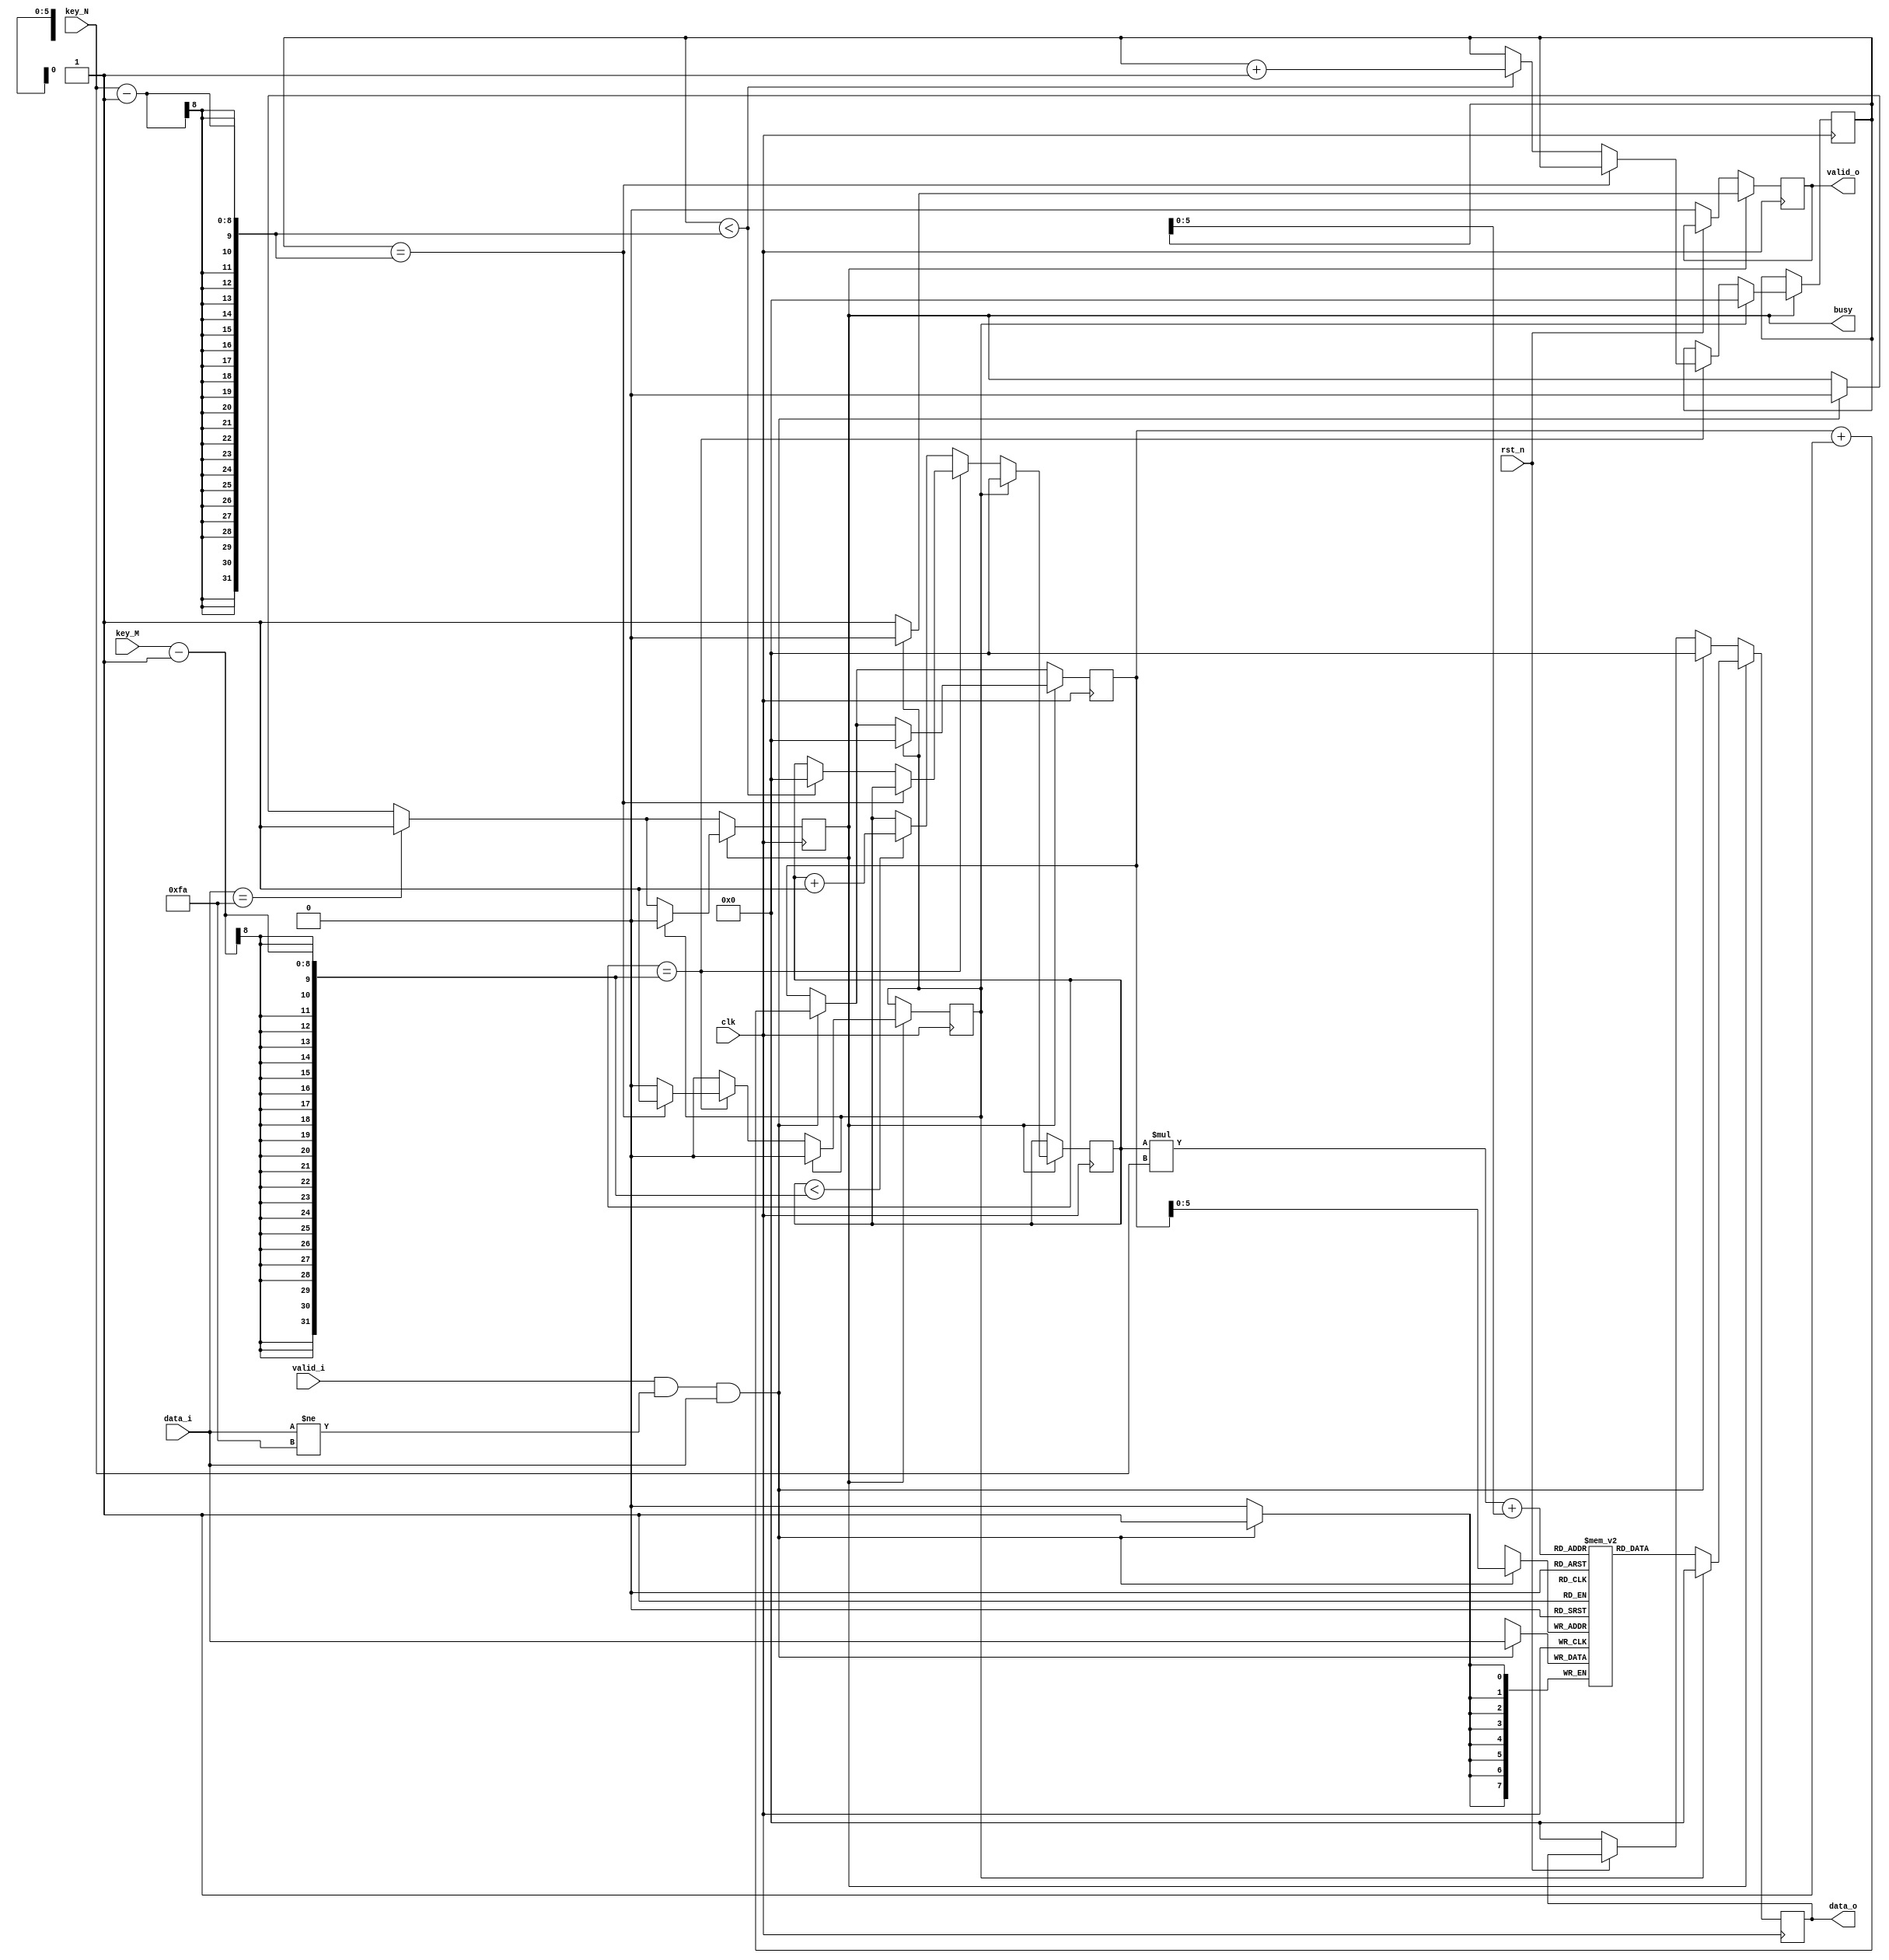
`timescale 1ns / 1ps
//////////////////////////////////////////////////////////////////////////////////
// Company: 
// Engineer: 
// 
// Design Name: 
// Module Name:    scytale_decryption 
// Project Name: 
// Target Devices: 
// Tool versions: 
// Description: 
//
// Dependencies: 
//
// Revision: 
// Revision 0.01 - File Created
// Additional Comments: 
//
//////////////////////////////////////////////////////////////////////////////////
module scytale_decryption#(
			parameter D_WIDTH = 8, 
			parameter KEY_WIDTH = 8, 
			parameter MAX_NOF_CHARS = 50,
			parameter START_DECRYPTION_TOKEN = 8'hFA
		)(
			// Clock and reset interface
			input clk,
			input rst_n,
			
			// Input interface
			input[D_WIDTH - 1:0] data_i,
			input valid_i,
			
			// Decryption Key
			input[KEY_WIDTH - 1 : 0] key_N,
			input[KEY_WIDTH - 1 : 0] key_M,
			
			// Output interface
			output reg[D_WIDTH - 1:0] data_o,
			output reg valid_o,
			
			output reg busy=0
    );

// TODO: Implement Scytale Decryption here
	reg [7 : 0] i=0;
	reg [7 : 0] j=0;
	reg [7 : 0] h=0;
	reg ok=0;
	
	reg [D_WIDTH - 1:0] date_intermediare[MAX_NOF_CHARS:0];
	

	always @(posedge clk) begin 
		if(rst_n==0) begin 
			valid_o<=0;
			data_o<=0;
		end
		
		if(valid_i==1 && data_i!=16'hFA && data_i) begin // retin datele mele intr un vector
				date_intermediare[h]<=data_i;
				h<=h+1;
				data_o<=0;
				busy<=0;
				
				
		end
		
		
		
		if (data_i==8'hFA) begin // am ajuns la final trec busy pe 1
			busy<=1;
		end
		
		
		
		
		if( busy==1) begin
		
			valid_o<=1;
			data_o<=date_intermediare[j*key_N + i]; //regula de cautare in vector
			
			
			if (j==key_M-1) begin  // daca am ajuns la finalul nr coloane 
					if(i==key_N-1) begin // ajung aici daca ajung la finalul secventei 
						ok<=1; // ca am ajuns la final pun ok pe 1
						
				
					end
					else	if(i<key_N-1) begin // tre sa schimb linia si sa resetez coloana
						i<=i+1;
						j<=0;
					end
					
			end 
			else if (j<key_M-1) begin
					j<=j+1;
					
		end
		if(ok==1) begin	// cand ajung la final am nevoie de reset
						busy<=0;
						valid_o<=0;
						data_o<=0;
						i<=0;
						j<=0;
						h<=0;
						ok<=0;
		end
		
		
	end
	end

endmodule